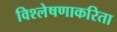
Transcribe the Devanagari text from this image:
विश्लेषणाकरिता